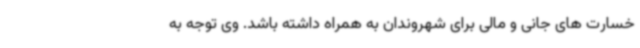
خسارت های جانی و مالی برای شهروندان به همراه داشته باشد. وی توجه به